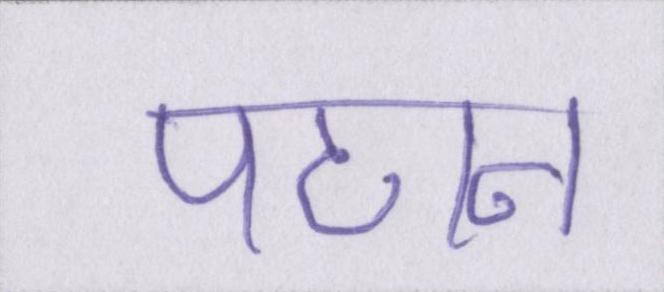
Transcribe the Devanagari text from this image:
पठान